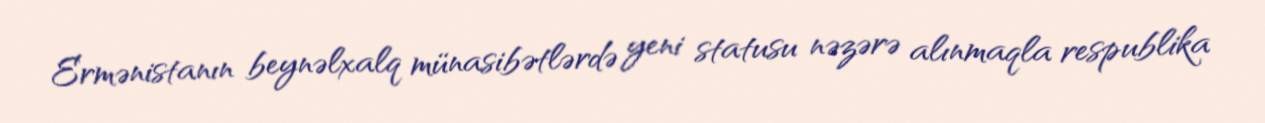
Ermənistanın beynəlxalq münasibətlərdə yeni statusu nəzərə alınmaqla respublika